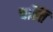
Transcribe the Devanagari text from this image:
चल्ति